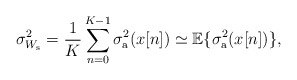
\begin{align*} \sigma_{W_{\rm s}}^2 =\frac{1}{K} \sum_{n=0}^{K-1} \sigma_{\rm a}^2(x[n]) \simeq \mathbb{E}\{\sigma_{\rm a}^2(x[n])\},\end{align*}